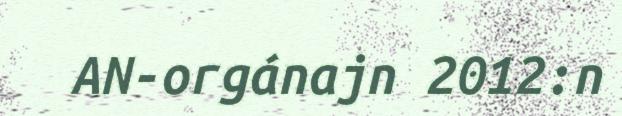
AN-orgánajn 2012:n